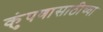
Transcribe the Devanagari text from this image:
कुंपणासाठीच्या